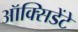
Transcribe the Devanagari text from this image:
ऑक्सिडेंटे